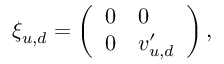
\xi _ { u , d } = \left( \begin{array} { l l } { { 0 } } & { { 0 } } \\ { { 0 } } & { { v _ { u , d } ^ { \prime } } } \end{array} \right) ,